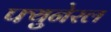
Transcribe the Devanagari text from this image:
फ्युनेरल